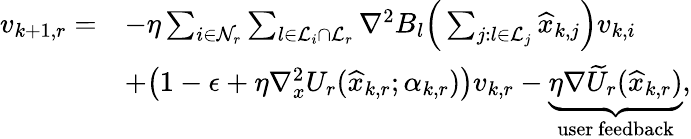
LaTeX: \begin{array}{rl}{v_{k+1,r}=}&{-\eta\sum_{i\in\mathcal{N}_{r}}\sum_{l\in\mathcal{L}_{i}\cap\mathcal{L}_{r}}\nabla^{2}B_{l}\Big(\sum_{j:l\in\mathcal{L}_{j}}\widehat x_{k,j}\Big)v_{k,i}}\\ &{+\big(1-\epsilon+\eta\nabla_{x}^{2}U_{r}(\widehat x_{k,r};\alpha_{k,r})\big)v_{k,r}-\underbrace{\eta\nabla\widetilde U_{r}(\widehat x_{k,r})}_{\mathrm{user~feedback}},}\end{array}